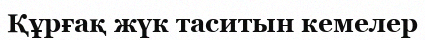
Құрғақ жүк таситын кемелер